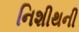
નિશીથની